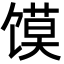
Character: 馍